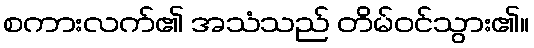
စကားလက်၏ အသံသည် တိမ်ဝင်သွား၏။